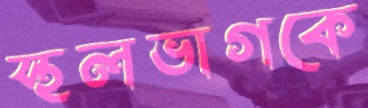
স্থলভাগকে